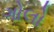
ગોલો